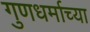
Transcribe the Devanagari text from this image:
गुणधर्माच्या